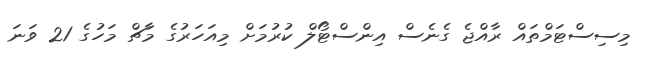
މިސިސްޓަމްތައް ރާއްޖެ ގެނެސް އިންސްޓޯލް ކުރުމަށް މިއަހަރުގެ މާޗް މަހުގެ 21 ވަނަ